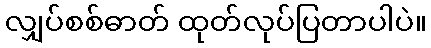
လျှပ်စစ်ဓာတ် ထုတ်လုပ်ပြတာပါပဲ။